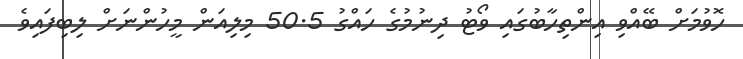
ހޮވުމަށް ބޭއްވި އިންތިހާބުގައި ވޯޓު ދިނުމުގެ ހައްގު 50.5 މިލިއަން މީހުންނަށް ލިބިފައިވެ